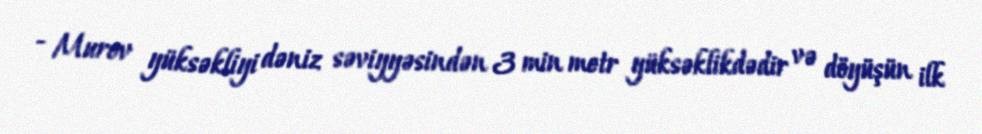
- Murov yüksəkliyi dəniz səviyyəsindən 3 min metr yüksəklikdədir və döyüşün ilk